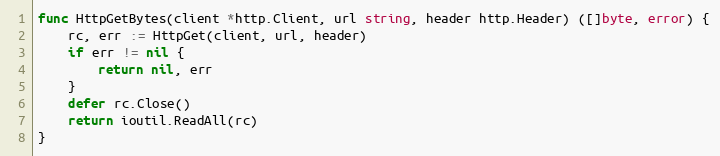
Language: Go
func HttpGetBytes(client *http.Client, url string, header http.Header) ([]byte, error) {
	rc, err := HttpGet(client, url, header)
	if err != nil {
		return nil, err
	}
	defer rc.Close()
	return ioutil.ReadAll(rc)
}